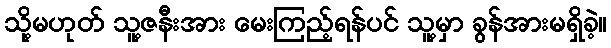
သို့မဟုတ် သူ့ဇနီးအား မေးကြည့်ရန်ပင် သူ့မှာ ခွန်အားမရှိခဲ့။